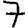
Digit: 7